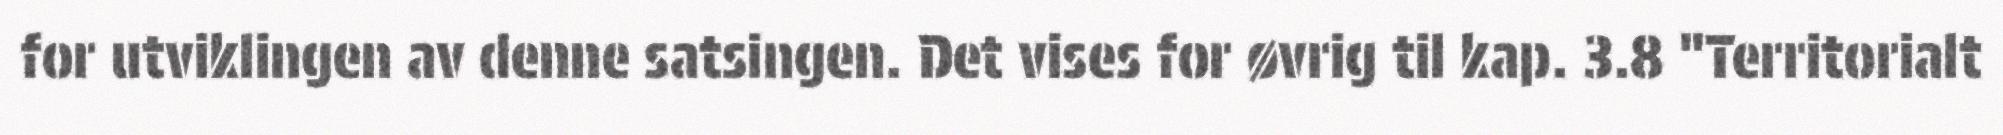
for utviklingen av denne satsingen. Det vises for øvrig til kap. 3.8 "Territorialt